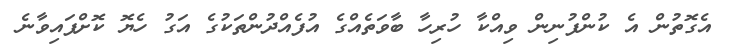
އެގޮތުން އެ ކުންފުނިން ވިއްކާ ހުރިހާ ބާވަތެއްގެ އުފެއްދުންތަކުގެ އަގު ހެޔޮ ކޮށްފައިވާނެ